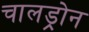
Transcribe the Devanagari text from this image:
चालड्रोन